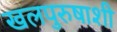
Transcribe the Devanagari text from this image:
खलपुरुषाशी